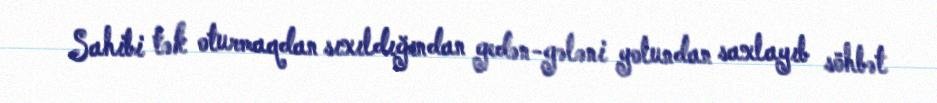
Sahibi tək oturmaqdan sıxıldığından gedən-gələni yolundan saxlayıb söhbət